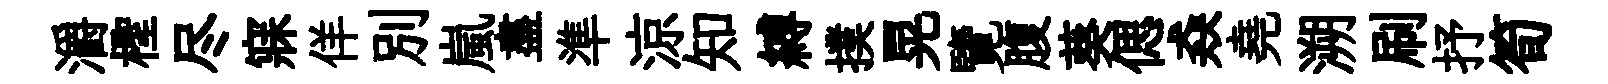
灂檉尽寐佯别嵐盡準涼知縛撲晃覽腹葵偲猋堯溯刷抒筍